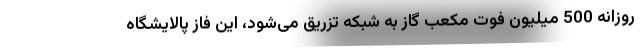
روزانه 500 میلیون فوت مکعب گاز به شبکه تزریق می‌شود، این فاز پالایشگاه